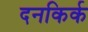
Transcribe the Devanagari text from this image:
दनकिर्क